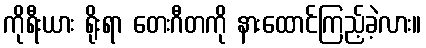
ကိုရီးယား ရိုးရာ တေးဂီတကို နားထောင်ကြည့်ခဲ့လား။